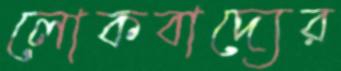
লোকবাদ্যের